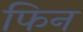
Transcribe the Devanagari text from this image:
फिन